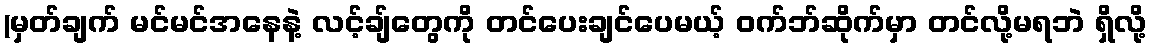
(မှတ်ချက် မင်မင်အနေနဲ့ လင့်ချ်တွေကို တင်ပေးချင်ပေမယ့် ဝက်ဘ်ဆိုက်မှာ တင်လို့မရဘဲ ရှိလို့